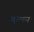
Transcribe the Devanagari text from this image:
गुम्मन